Vaccination in Bombay 1856-1862 - 1856-1862
Year: 1856
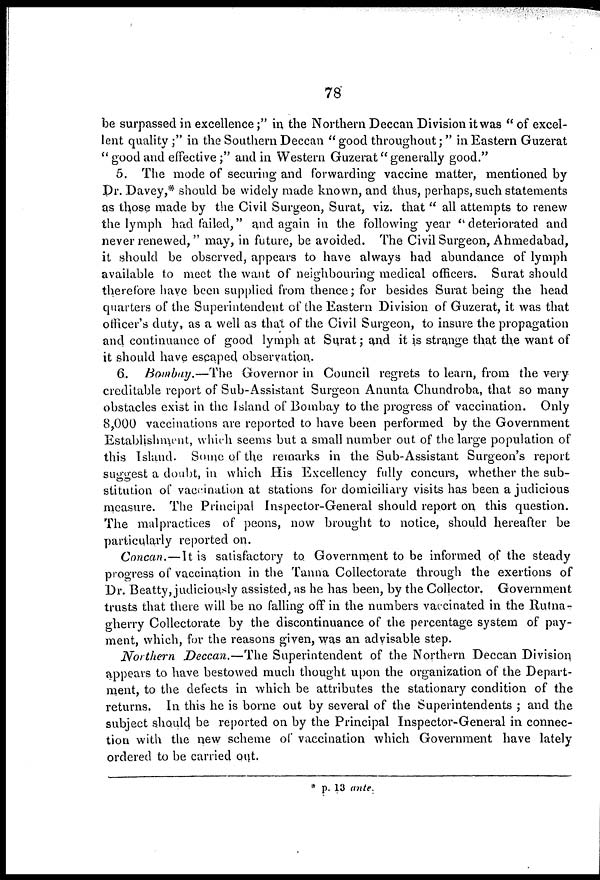
78
be surpassed in excellence;" in the Northern Deccan Division it was " of excel-
lent quality;" in the Southern Deccan " good throughout;" in Eastern Guzerat
" good and effective;" and in Western Guzerat" generally good."
5. The mode of securing and forwarding vaccine matter, mentioned by
Dr. Davey,* should be widely made known, and thus, perhaps, such statements
as those made by the Civil Surgeon, Surat, viz. that " all attempts to renew
the lymph had failed," and again in the following year "deteriorated and
never renewed," may, in future, be avoided. The Civil Surgeon, Ahmedabad,
it should be observed, appears to have always had abundance of lymph
available to meet the want of neighbouring; medical officers. Surat should
therefore have been supplied from thence; for besides Surat being the head
quarters of the Superintendent of the Eastern Division of Guzerat, it was that
officer's duty, as a well as that of the Civil Surgeon, to insure the propagation
and continuance of good lymph at Surat; and it is strange that the want of
it should have escaped observation..
6. Bombay.—The Governor in Council regrets to learn, from the very
creditable report of Sub-Assistant Surgeon Anunta Chundroba, that so many
obstacles exist in the Island of Bombay to the progress of vaccination. Only
8,000 vaccinations are reported to have been performed by the Government
Establishment, which seems but a small number out of the large population of
this Island. Some of the remarks in the Sub-Assistant Surgeon's report
suggest a doubt, in which His Excellency fully concurs, whether the sub-
stitution of vaccination at stations for domiciliary visits has been a judicious
measure. The Principal Inspector-General should report on this question.
The malpractices of peons, now brought to notice, should hereafter be
particularly reported on.
Concan.—It is satisfactory to Government to be informed of the steady
progress of vaccination in the Tanna Collectorate through the exertions of
Dr. Beatty, judiciously assisted, as he has been, by the Collector. Government
trusts that there will be no falling off in the numbers vaccinated in the Rutna-
gherry Collectorate by the discontinuance of the percentage system of pay-
ment, which, for the reasons given, was an advisable step.
Northern Deccan.—The Superintendent of the Northern Deccan Division
appears to have bestowed much thought upon the organization of the Depart-
ment, to the defects in which be attributes the stationary condition of the
returns. In this he is borne out by several of the Superintendents ; and the
subject should be reported on by the Principal Inspector-General in connec-
tion with the new scheme of vaccination which Government have lately
ordered to be carried out.
* p. 13 ante.